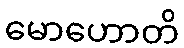
မောဟောတိ